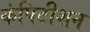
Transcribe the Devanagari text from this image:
कंपिटीशन